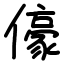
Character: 儫